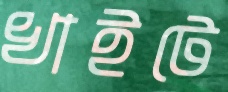
খাইটে